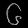
Digit: ၆